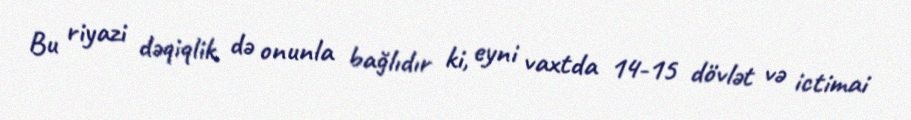
Bu riyazi dəqiqlik də onunla bağlıdır ki, eyni vaxtda 14-15 dövlət və ictimai